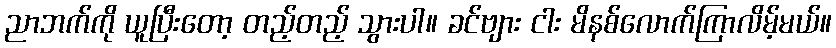
ညာဘက်ကို ယူပြီးတော့ တည့်တည့် သွားပါ။ ခင်ဗျား ငါး မိနစ်လောက်ကြာလိမ့်မယ်။